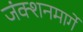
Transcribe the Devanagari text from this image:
जंक्शनमार्गे